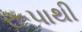
રૂપાથી